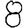
Digit: 8